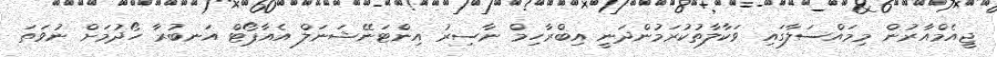
ޖީއެމްއާރުން މިމައްސަލާގައި ވަކާލާތުކުރަމުންދަނީ އިބްރާހިމް ނާސިރު އިންޓަނޭޝަނަލް އެއާޕޯޓް އަނބުރާ ހޯދުމަށް ނުވަތަ